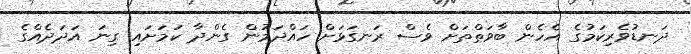
ދަނޑުވެރިކަމުގެ އެހެން ބާވަތްތަށް ވެސް ރަނގަޅަށް ހައްދަމުން ގެންދާ ކަމަށައި ގިނަ އަދަދެއްގެ